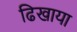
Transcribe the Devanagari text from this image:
ढिखाया